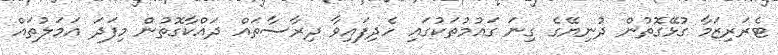
ޓެރަރިޒަމާ ގުޅޭގޮތުން ދުނިޔޭގެ ގިނަ ގައުމުތަކުގައި ހެދިފައިވާ ދިރާސާތައް ދައްކާގޮތުން މިފަދަ އަމަލުތައް